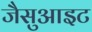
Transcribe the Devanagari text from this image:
जैसुआइट